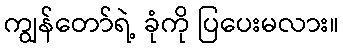
ကျွန်တော်ရဲ့ ခုံကို ပြပေးမလား။